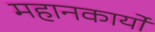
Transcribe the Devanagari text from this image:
महानकार्यो